Veterinary [1904] -
Year: 1904
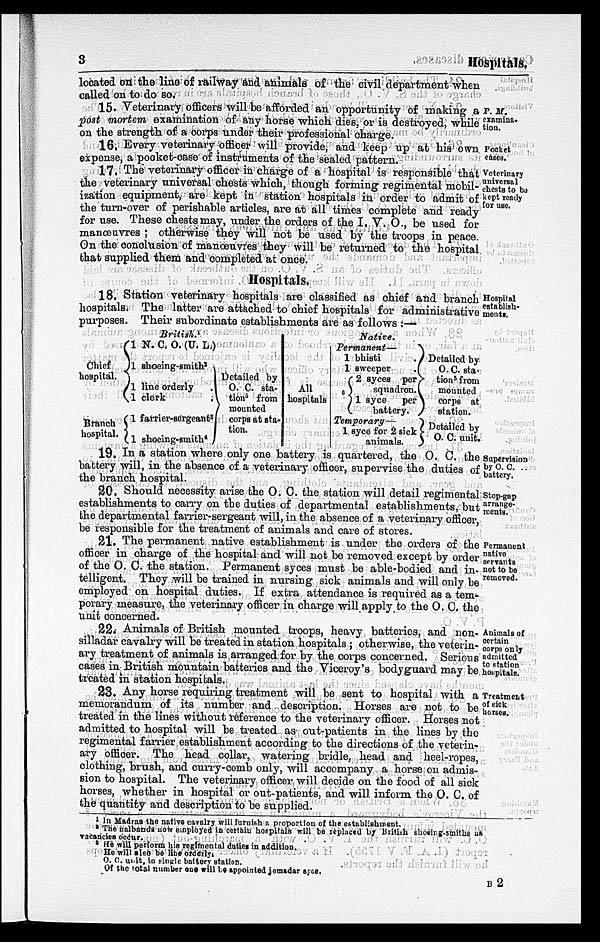
3
Hospitals.
located on the line of railway and animals of the civil department when
called on to do so.
P. M.
examina-
tion.
15. Veterinary officers will be afforded an opportunity of making a
post mortem examination of any horse which dies, or is destroyed, while
on the strength of a corps under their professional charge.
Pocket
cases.
16. Every veterinary officer will provide, and keep up at his own
expense, a pocket-case of instruments of the sealed pattern.
Veterinary
universal
chests to be
kept ready
for use.
17. The veterinary officer in charge of a hospital is responsible that
the veterinary universal chests which, though forming regimental mobil-
ization equipment, are kept in station hospitals in order to admit of
the turn-over of perishable articles, are at all times complete and ready
for use. These chests may, under the orders of the I. V. O., be used for
manœuvres ; otherwise they will not be used by the troops in peace.
On the conclusion of manœuvres they will be returned to the hospital
that supplied them and completed at once.
Hospitals.
Hospital
establish-
ments.
18. Station veterinary hospitals are classified as chief and branch
hospitals. The latter are attached to chief hospitals for administrative
purposes. Their subordinate establishments are as follows :—
Chief
hospital.
Branch
hospital.
British.
1 N. C. O. (U. L.)
{1
shoeing-smith 2
1 line orderly
.
1
clerk
.
1 farrier-sorgeant 3
1 shoeing-smith 4
Detailed by
O. C. sta-
tion from
mounted
corps at sta-
tion.
All
hospitals
Native.
Permanent—
1 bhisti
.
1 sweeper
.
2 syces per
G {
squadron.
1 syce
per
battery.
Temporary—
1 syce for 2 sick
animals.
Detailed by
O. C. sta-
tion 5 from
mounted
corps at
station.
Detailed by
O. C. unit.
Supervision
by O. C.
battery.
19. In a station where only one battery is quartered, the O. C. the
battery will, in the absence of a veterinary officer, supervise the duties of
the branch hospital.
Stop gap
arrange-
ments.
20. Should necessity arise the O. C. the station will detail regimental
establishments to carry on the duties of departmental establishments, but
the departmental farrier-sergeant will, in the absence of a veterinary officer,
be responsible for the treatment of animals and care of stores.
Permanent
native
servants
not to be
removed.
21. The permanent native establishment is under the orders of the
officer in charge of the hospital and will not be removed except by order
of the O. C. the station. Permanent syces must be able-bodied and in-
telligent. They will be trained in nursing sick animals and will only be
employed on hospital duties. If extra attendance is required as a tem-
porary measure, the veterinary officer in charge will apply to the O. C. the
unit concerned.
Animals of
certain
corps only
admitted
to station
hospitals.
22. Animals of British mounted troops, heavy batteries, and non-
silladar cavalry will be treated in station hospitals ; otherwise, the veterin-
ary treatment of animals is arranged for by the corps concerned. Serious
cases in British mountain batteries and the Viceroy's bodyguard may be
treated in station hospitals.
Treatment
of sick
horses.
23. Any horse requiring treatment will be sent to hospital with a
memorandum of its number and description. Horses are not to be
treated in the lines without reference to the veterinary officer. Horses not
admitted to hospital will be treated as out-patients in the lines by the
regimental farrier establishment according to the directions of the veterin-
ary officer. The head collar, watering bridle, head and heel-ropes,
clothing, brush, and curry-comb only, will accompany a horse on admis-
sion to hospital. The veterinary officer will decide on the food of all sick
horses, whether in hospital or out-patients, and will inform the O. C. of
the quantity and description to be supplied.
1 In Madras the native cavalry will furnish a proportion of the establishment.
2 The nalbands now employed in certain hospitals will be replaced by British shoeing-smiths as
vacancies occur.
3 He will perform his regimental duties in addition.
He will also be line orderly.
O. C. unit, in single battery station.
Of the total number one will be appointed jemadar syce.
B 2